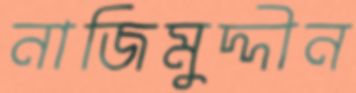
নাজিমুদ্দীন